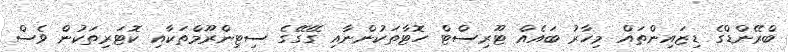
ބްރޭންޑްގެ ޑިޒައިންތައް މިހާރު ބައެއް ޓޫރިސްޓް ހޮޓާތަކުންނާއި ގޭގޭގެ ސިޓިންރޫމްތަކާއި ކޮޓަރިތަކުން ވެސް